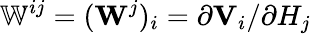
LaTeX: \mathbb{W}^{ij}=(\mathbf{W}^{j})_{i}=\partial\mathbf{V}_{i}/\partial H_{j}